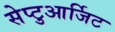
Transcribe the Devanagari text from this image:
सेप्टुआर्जिट